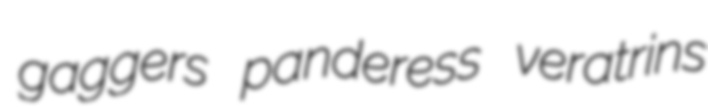
gaggers panderess veratrins